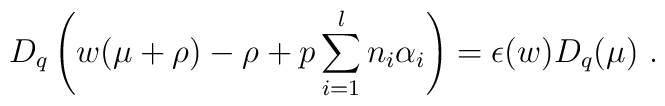
D_q\left(w(\mu+\rho)-\rho+p\sum_{i=1}^ln_i\alpha_i\right)=\epsilon(w)D_q(\mu)~.